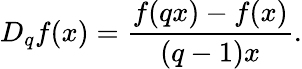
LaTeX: D_{q}f(x)={\frac{f(qx)-f(x)}{(q-1)x}}.